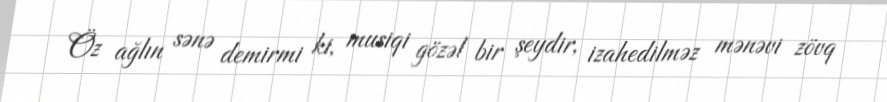
Öz ağlın sənə demirmi ki, musiqi gözəl bir şeydir, izahedilməz mənəvi zövq